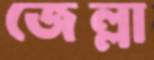
জেল্লা